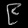
Digit: ၉